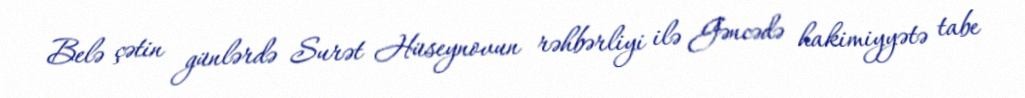
Belə çətin günlərdə Surət Hüseynovun rəhbərliyi ilə Gəncədə hakimiyyətə tabe